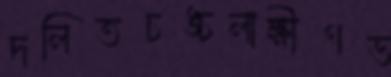
দলিতচঙ্চলাক্ষীণভ